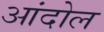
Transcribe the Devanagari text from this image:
आंदोल